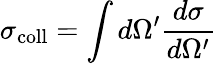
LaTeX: \sigma_{\mathrm{coll}}=\int d\Omega^{\prime}\frac{d\sigma}{d\Omega^{\prime}}